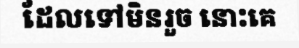
ដែលទៅមិនរួច នោះគេ